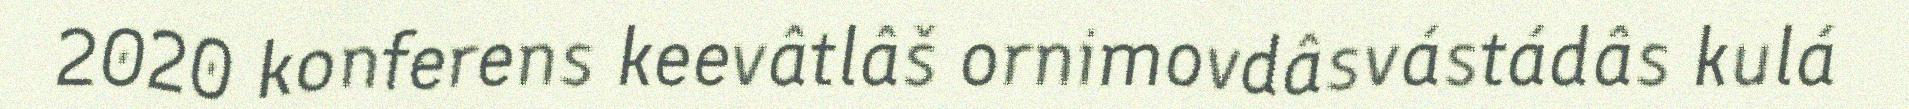
2020 konferens keevâtlâš ornimovdâsvástádâs kulá